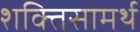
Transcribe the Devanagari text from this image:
शक्तिसामर्थ